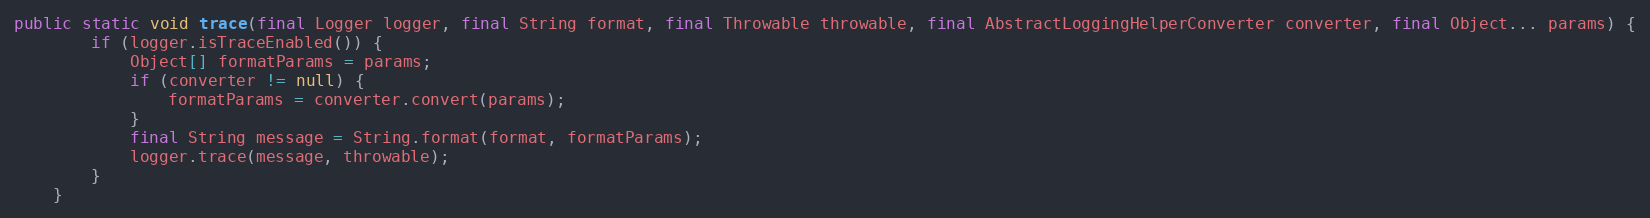
Language: Java
public static void trace(final Logger logger, final String format, final Throwable throwable, final AbstractLoggingHelperConverter converter, final Object... params) {
		if (logger.isTraceEnabled()) {
			Object[] formatParams = params;
			if (converter != null) {
				formatParams = converter.convert(params);
			}
			final String message = String.format(format, formatParams);
			logger.trace(message, throwable);
		}
	}